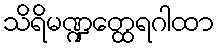
သိရိမဏ္ဍတ္ထေရဂါထာ